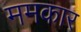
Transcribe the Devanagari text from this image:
ममकार